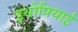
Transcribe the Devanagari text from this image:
इथोपियाई